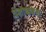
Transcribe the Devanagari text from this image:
पिशाच्चकथा